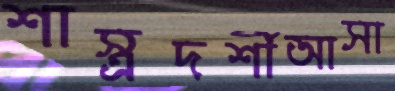
শাস্ত্রদর্শীআসা